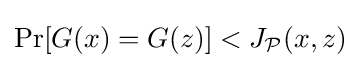
\Pr[G(x)=G(z)]<J_{\mathcal {P}}(x,z)